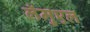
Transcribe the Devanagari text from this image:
लॅमुएल